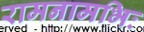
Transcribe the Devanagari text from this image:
रामनामभिः